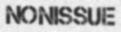
NONISSUE